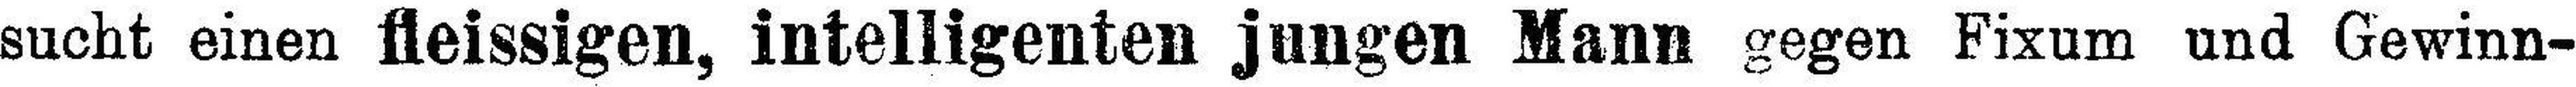
sucht einen fleissigen, intelligenten jungen Mann gegen Fixum und Gewinn¬